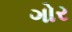
ગોર